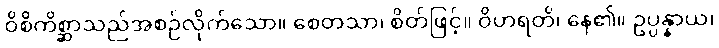
ဝိစိကိစ္ဆာသည်အစဉ်လိုက်သော။ စေတသာ၊ စိတ်ဖြင့်။ ဝိဟရတိ၊ နေ၏။ ဥပ္ပန္နာယ၊